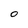
Character: O